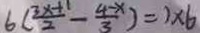
6 ( \frac { 3 x + 1 } { 2 } - \frac { 4 - x } { 3 } ) = 1 \times 6